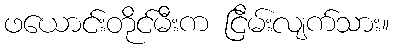
ဖယောင်းတိုင်မီးက ငြိမ်းလျက်သား။